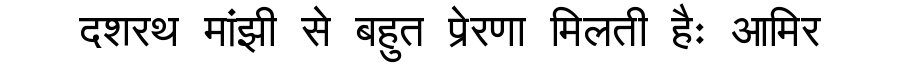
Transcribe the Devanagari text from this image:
दशरथ मांझी से बहुत प्रेरणा मिलती हैः आमिर